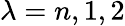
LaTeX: \lambda=n,1,2